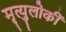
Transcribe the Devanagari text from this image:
मृत्युलोकीं